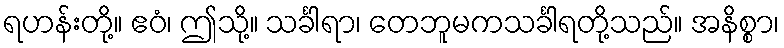
ရဟန်းတို့။ ဧဝံ၊ ဤသို့။ သင်္ခါရာ၊ တေဘူမကသင်္ခါရတို့သည်။ အနိစ္စာ၊